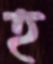
হ